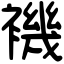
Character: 𧝞